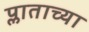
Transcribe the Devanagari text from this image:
प्लाताच्या